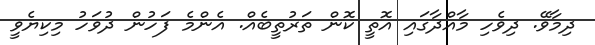
ދިމާވޭ. ދިވެހި މާއްދާގައި އޮތީ ކޮން ތަރުތީބެއް. އެންމެ ފަހުން ދުވަހު މިކިޔެވީ